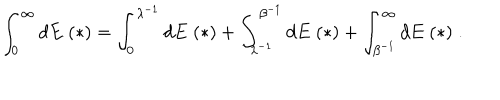
LaTeX: \int _ { 0 } ^ { \infty } d E \; ( * ) = \int _ { 0 } ^ { \lambda ^ { - 1 } } d E \; ( * ) + \int _ { \lambda ^ { - 1 } } ^ { \beta ^ { - 1 } } d E \; ( * ) + \int _ { \beta ^ { - 1 } } ^ { \infty } d E \; ( * ) \; .